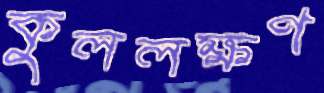
কুললক্ষণ